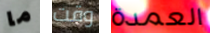
ما وقت العمدة